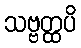
သဗ္ဗတ္ထပိ